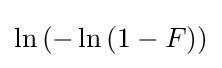
\ln \left(-\ln \left(1-F\right)\right)